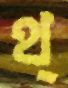
থ্